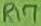
Text: R17